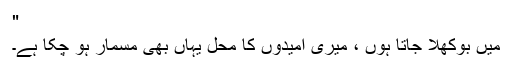
"
میں بوکھلا جاتا ہوں ، میری امیدوں کا محل یہاں بھی مسمار ہو چکا ہے۔